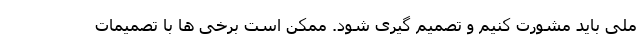
ملی باید مشورت کنیم و تصمیم گیری شود. ممکن است برخی ها با تصمیمات